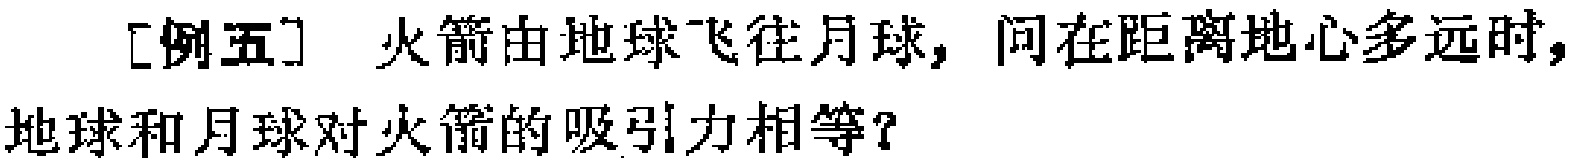
[例五] 火箭由地球飞往月球，问在距离地心多远时，地球和月球对火箭的吸引力相等？